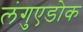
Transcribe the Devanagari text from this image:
लंगुएडोक